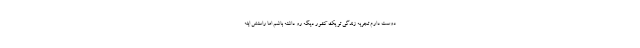
دوست دارم تجربه زندگی تو یک کشور دیگه رو داشته باشم اما راستش اینه